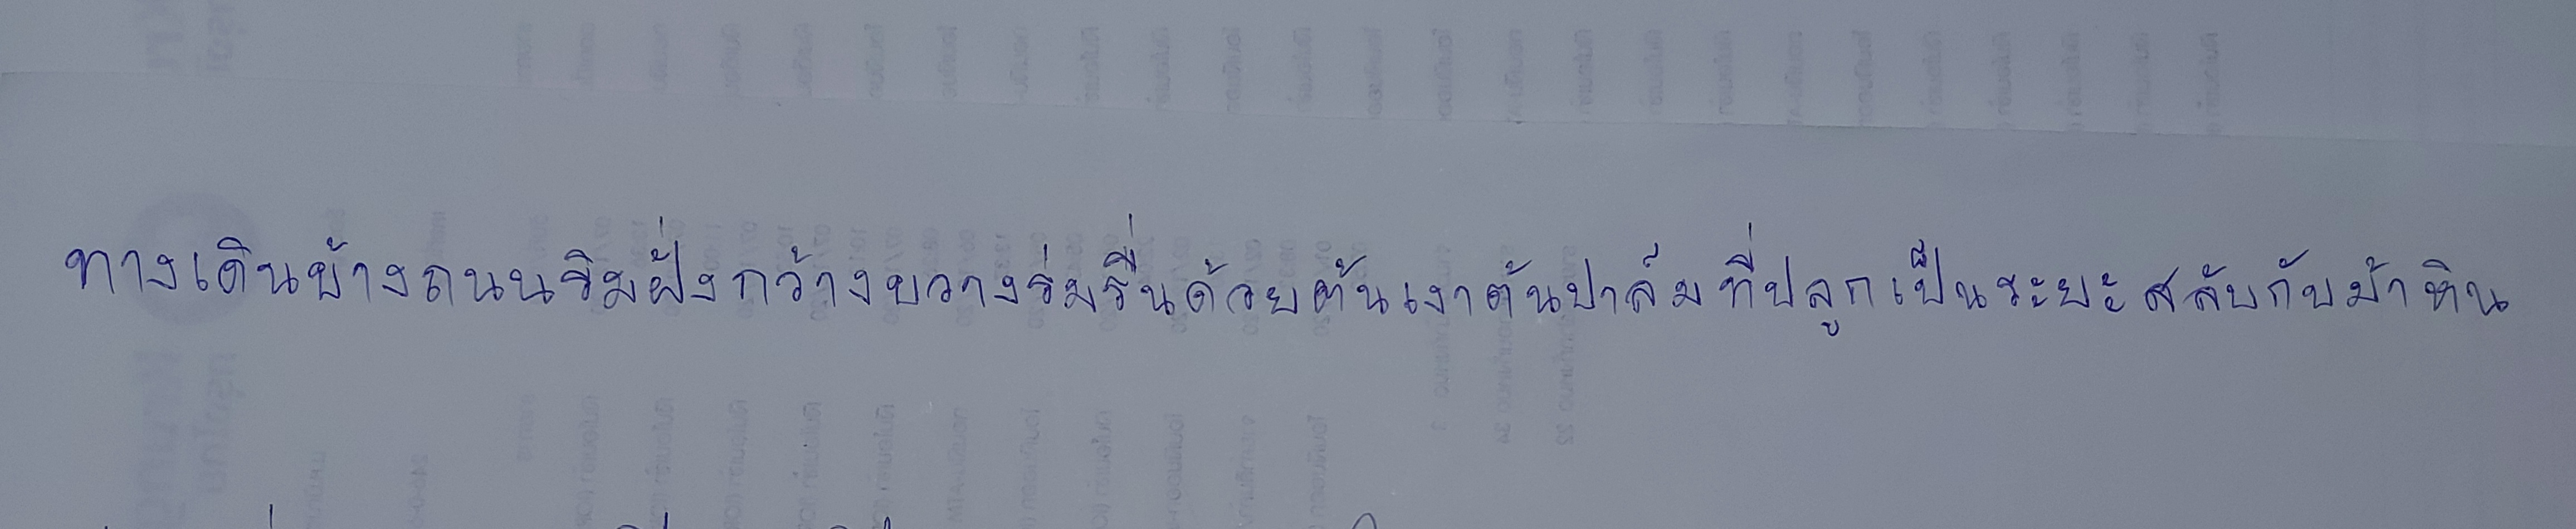
ทางเดินข้างถนนริมฝั่งกว้างขวางร่มรื่นด้วยเงาต้นปาล์มที่ปลูกเป็นระยะสลับกับม้าหิน